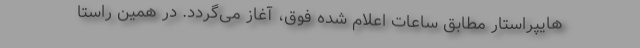
هایپراستار مطابق ساعات اعلام شده فوق، آغاز می‌گردد. در همین راستا